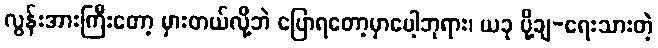
လွန်းအားကြီးတော့ မှားတယ်လို့ဘဲ ပြောရတော့မှာပေါ့ဘုရား၊ ယခု ပို့ချ-ရေးသားတဲ့